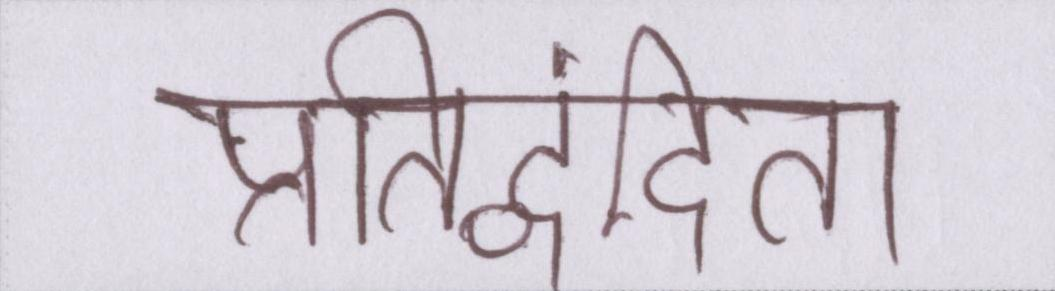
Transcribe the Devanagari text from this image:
प्रतिद्वंदिता